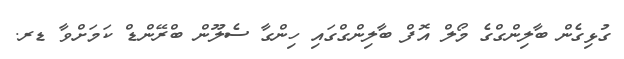
ގުޅިގެން ބާލިންގްގެ މޯލް އޮފް ބާލިންގްގައި ހިންގާ ސެލޫން ބްރޭންޑް ކަމަށްވާ ޑރ.